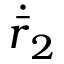
\dot { \bar { r } } _ { 2 }